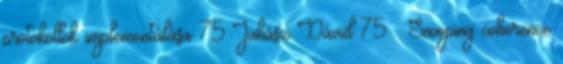
protokollok implementálása 75 Juhász Dávid 75 Snooping coherence